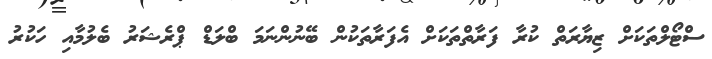
ސްޓޯލްތަކަށް ޒިޔާރަތް ކުރާ ފަރާތްތަކަށް އެފަރާތަކުން ބޭނުންނަމަ ބްލަޑް ޕްރެޝަރު ބެލުމާއި ހަކުރު